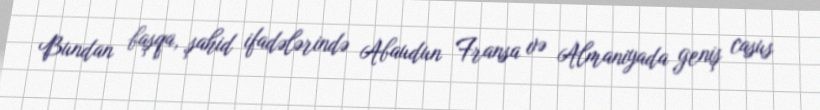
Bundan başqa, şahid ifadələrində Abaudun Fransa və Almaniyada geniş casus